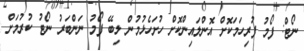
ނޯޓް: ފޯމު ފުރިހަމަކޮށް އޮންލައިންކޮށް ހުށަހެޅުމުން ލިބޭ ފޯމު ނަންބަރު ނޯޓު ކުރުމަށް